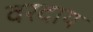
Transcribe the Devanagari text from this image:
वरदाय